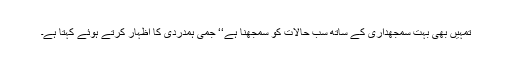
تمہیں بھی بہت سمجھداری کے ساتھ سب حالات کو سمجھنا ہے‘‘ جمی ہمدردی کا اظہار کرتے ہوئے کہتا ہے۔